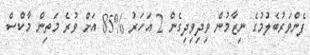
ފެންވަރުބެލުމުގެ ނިޒާމުން ވިދިވިދިގެން 2 އަހަރު %85 އަށް ވުރެ މަތިން މާކްސް